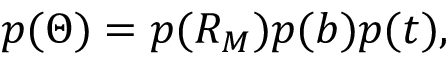
p ( \Theta ) = p ( R _ { M } ) p ( b ) p ( t ) ,